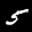
Label: 5